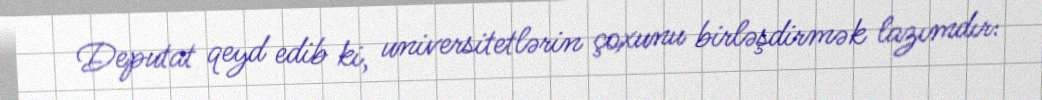
Deputat qeyd edib ki, universitetlərin çoxunu birləşdirmək lazımdır: